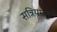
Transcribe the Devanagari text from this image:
सन्नियमन